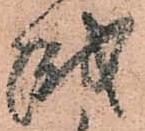
越